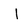
Character: I